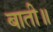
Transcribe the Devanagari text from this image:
बाती॥